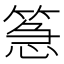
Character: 𮅪